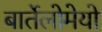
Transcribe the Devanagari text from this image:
बार्तेलोमेयो